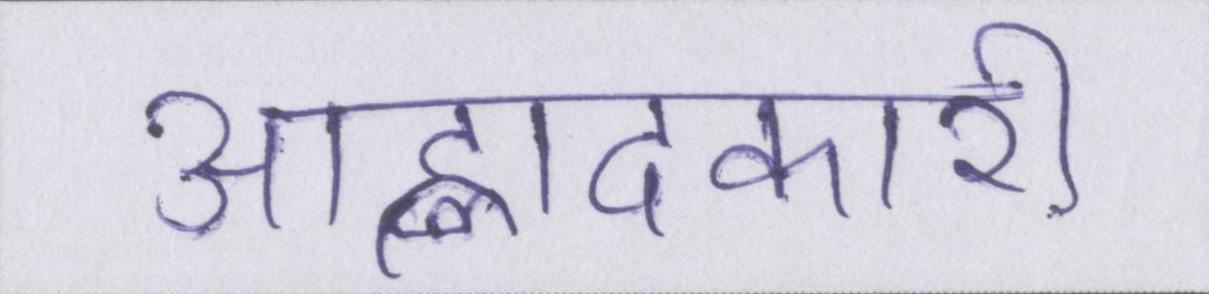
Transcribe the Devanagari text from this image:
आह्लादकारी